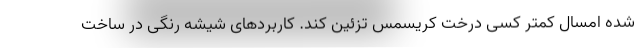
شده امسال کمتر کسی درخت کریسمس تزئین کند. کاربردهای شیشه رنگی در ساخت